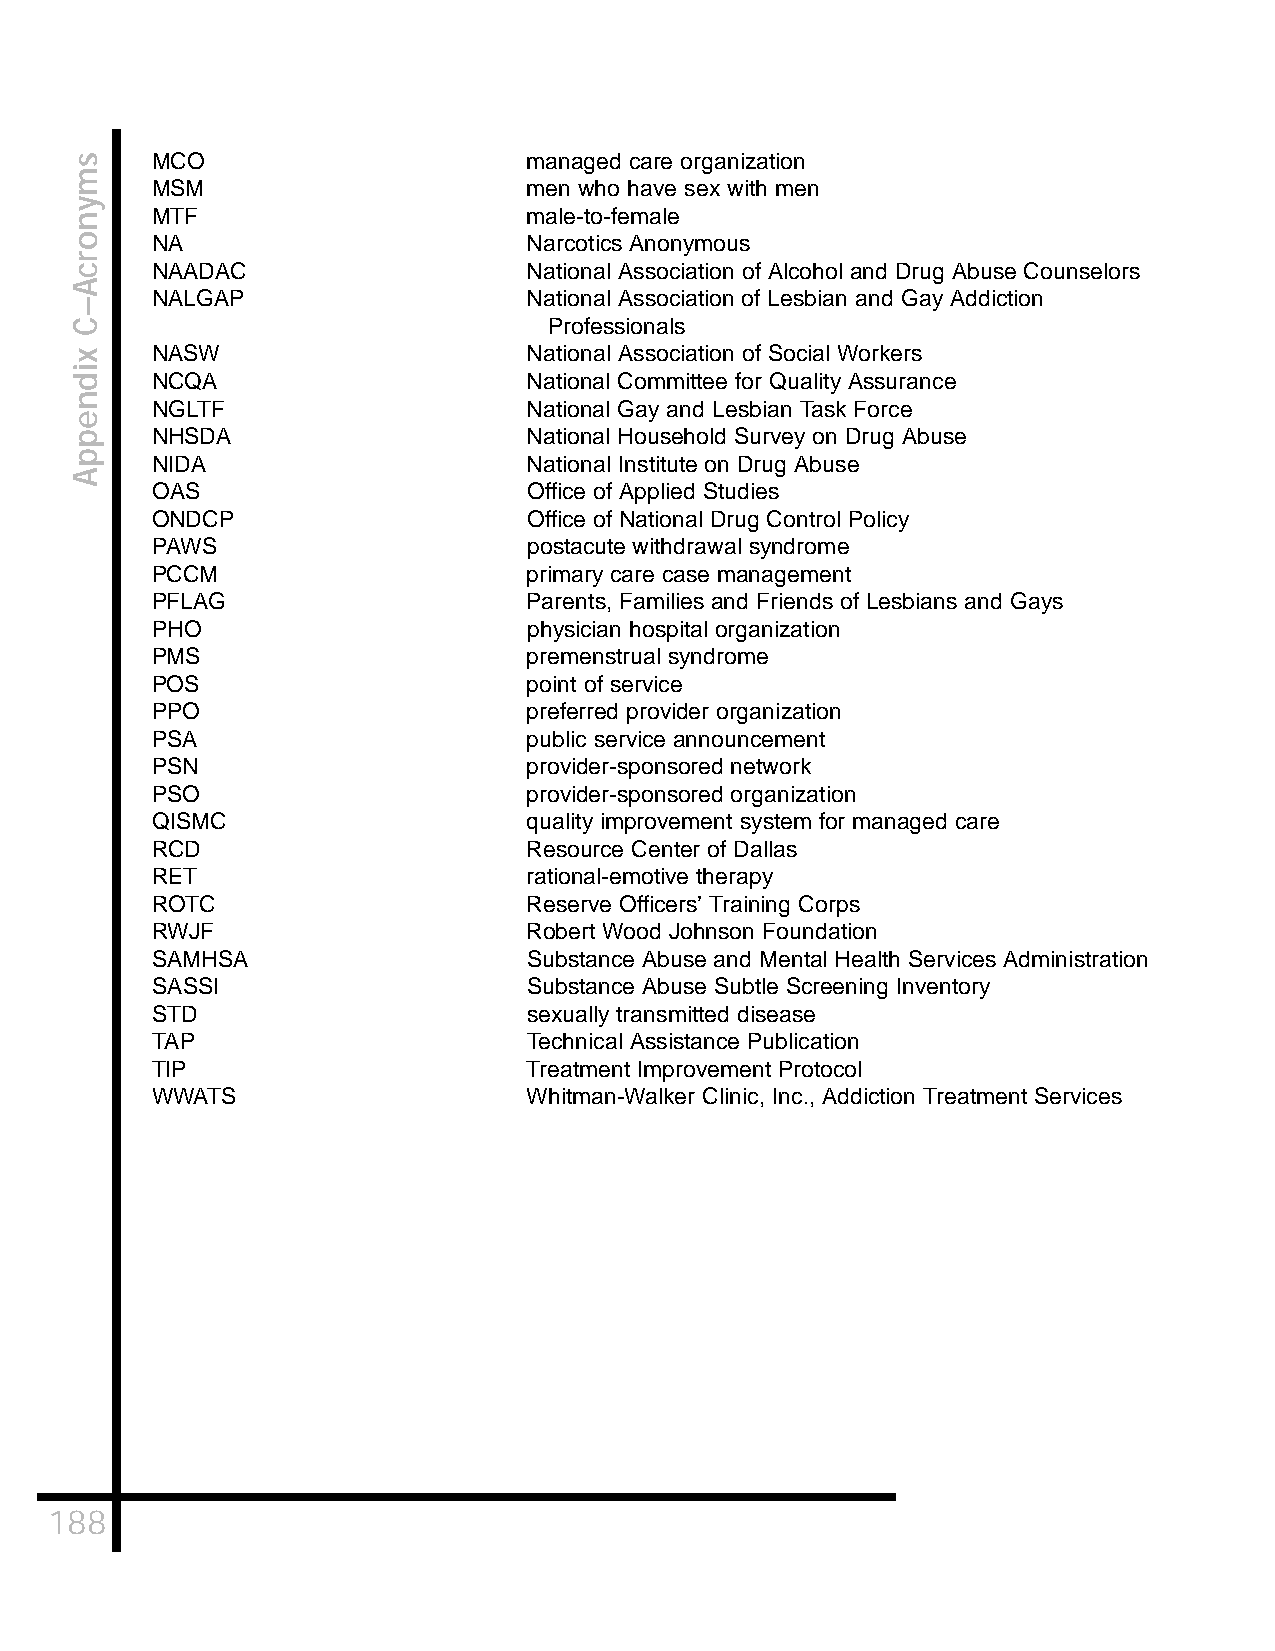
MCO                      managed care organization
 MSM                      men who have sex with men
 MTF                      male-to-female
 NA                       Narcotics Anonymous
 NAADAC                   National Association of Alcohol and Drug Abuse Counselors
 NALGAP                   National Association of Lesbian and Gay Addiction
 Professionals
 NASW                     National Association of Social Workers
 NCQA                     National Committee for Quality Assurance
 NGLTF                    National Gay and Lesbian Task Force
 NHSDA                    National Household Survey on Drug Abuse
 NIDA                     National Institute on Drug Abuse
 OAS                      Office of Applied Studies
 ONDCP                    Office of National Drug Control Policy
 PAWS                     postacute withdrawal syndrome
 PCCM                     primary care case management
 PFLAG                    Parents, Families and Friends of Lesbians and Gays
 PHO                      physician hospital organization
 PMS                      premenstrual syndrome
 POS                      point of service
 PPO                      preferred provider organization
 PSA                      public service announcement
 PSN                      provider-sponsored network
 PSO                      provider-sponsored organization
 QISMC                    quality improvement system for managed care
 RCD                      Resource Center of Dallas
 RET                      rational-emotive therapy
 ROTC                     Reserve Officers’ Training Corps
 RWJF                     Robert Wood Johnson Foundation
 SAMHSA                   Substance Abuse and Mental Health Services Administration
 SASSI                    Substance Abuse Subtle Screening Inventory
 STD                      sexually transmitted disease
 TAP                      Technical Assistance Publication
 TIP                      Treatment Improvement Protocol
 WWATS                    Whitman-Walker Clinic, Inc., Addiction Treatment Services
 188
 smynorcA–C
 xidneppA